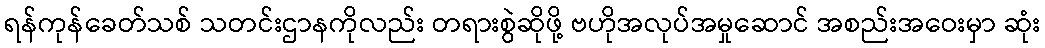
ရန်ကုန်ခေတ်သစ် သတင်းဌာနကိုလည်း တရားစွဲဆိုဖို့ ဗဟိုအလုပ်အမှုဆောင် အစည်းအဝေးမှာ ဆုံး